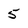
Character: 5